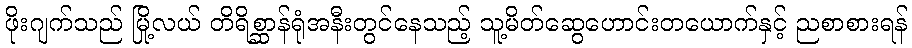
ဖိုးဂျက်သည် မြို့လယ် တိရိစ္ဆာန်ရုံအနီးတွင်နေသည့် သူ့မိတ်ဆွေဟောင်းတယောက်နှင့် ညစာစားရန်